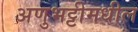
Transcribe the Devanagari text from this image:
अणुभट्टीमधील